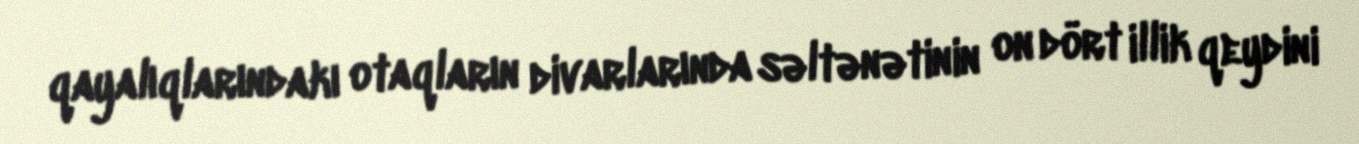
qayalıqlarındakı otaqların divarlarında səltənətinin on dört illik qeydini